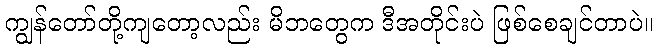
ကျွန်တော်တို့ကျတော့လည်း မိဘတွေက ဒီအတိုင်းပဲ ဖြစ်စေချင်တာပဲ။